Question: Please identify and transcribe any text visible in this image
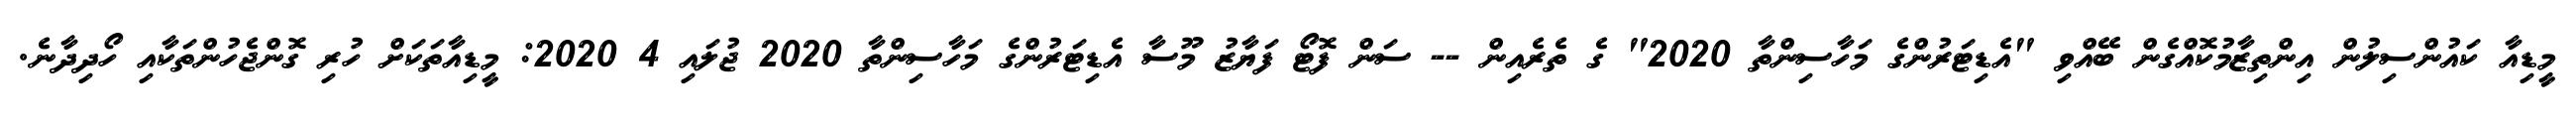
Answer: މީޑިއާ ކައުންސިލުން އިންތިޒާމުކޮއްގެން ބޭއްވި "އެޑިޓަރުންގެ މަހާސިންތާ 2020" ގެ ތެރެއިން -- ސަން ފޮޓޯ ފަޔާޒު މޫސާ އެޑިޓަރުންގެ މަހާސިންތާ 2020 ޖުލައި 4 2020: މީޑިއާތަކަށް ހުރި ގޮންޖެހުންތަކާއި ހޯދިދާނެ.